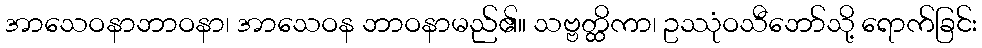
အာသေဝနာဘာဝနာ၊ အာသေဝန ဘာဝနာမည်၏။ သဗ္ဗတ္ထိကာ၊ ဥဿုံဝသီဘော်သို့ ရောက်ခြင်း